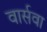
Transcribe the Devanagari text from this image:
वार्सवा